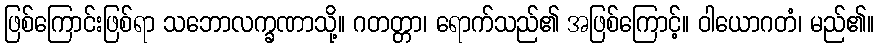
ဖြစ်ကြောင်းဖြစ်ရာ သဘောလက္ခဏာသို့။ ဂတတ္တာ၊ ရောက်သည်၏ အဖြစ်ကြောင့်။ ဝါယောဂတံ၊ မည်၏။